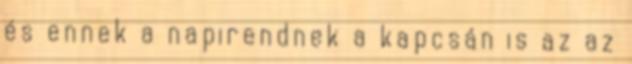
és ennek a napirendnek a kapcsán is az az